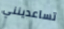
تساعدينني